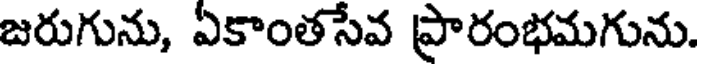
జరుగును, ఏకాంతసేవ ప్రారంభమగును.